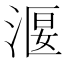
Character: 𣹐